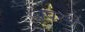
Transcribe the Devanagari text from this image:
अवस्थे